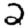
Digit: 2